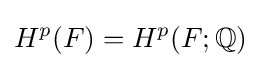
H^{p}(F)=H^{p}(F;\mathbb {Q} )